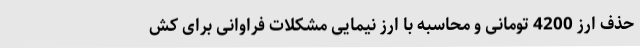
حذف ارز 4200 تومانی و محاسبه با ارز نیمایی مشکلات فراوانی برای کش